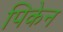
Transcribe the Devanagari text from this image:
पिकेन